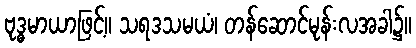
ဗုဒ္ဓမာယာဖြင့်။ သရဒသမယံ၊ တန်ဆောင်မုန်းလအခါ၌။